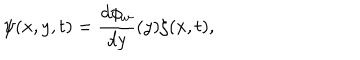
LaTeX: \psi ( x , y , t ) = \frac { d \phi _ { w } } { d y } ( y ) \zeta ( x , t ) ,